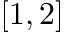
[ 1 , 2 ]